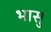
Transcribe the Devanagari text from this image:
भासु